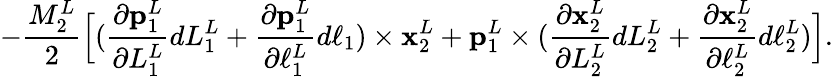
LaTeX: -\frac{M_{2}^{L}}{2}\Big[(\frac{\partial\mathbf{p}_{1}^{L}}{\partial L_{1}^{L}}dL_{1}^{L}+\frac{\partial\mathbf{p}_{1}^{L}}{\partial\ell_{1}^{L}}d\ell_{1})\times\mathbf{x}_{2}^{L}+\mathbf{p}_{1}^{L}\times(\frac{\partial\mathbf{x}_{2}^{L}}{\partial L_{2}^{L}}dL_{2}^{L}+\frac{\partial\mathbf{x}_{2}^{L}}{\partial\ell_{2}^{L}}d\ell_{2}^{L})\Big].